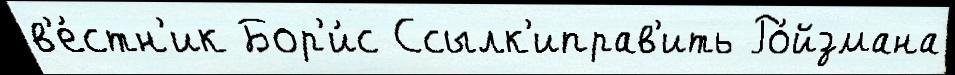
в'е́стн'ик Бор'и́с Ссылк'иправ'ить Ро́йзмана